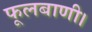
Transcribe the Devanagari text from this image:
फूलबाणी।